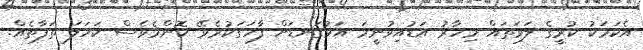
އެކަމަކު ކުރީގެ ލަވަތައް މިހާރު އަޑުއިވުނީމަ އަޅުގަނޑަށް ފާހަގަކުރެވޭ ކޮންމެވެސް ކަހަލަ ތަފާތެއް.